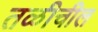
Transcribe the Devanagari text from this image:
तळीचील